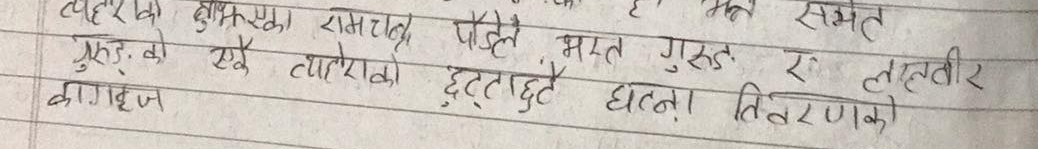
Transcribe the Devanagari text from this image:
त्यही बुझेका रामचन्द्र पौडेल भरत गुरुङ्ग र लालवीर सम्मत
गुरुङ्गको छुटेका ट्यालेराको छुट्दा छुट्दै घटना विवरणको
कागजन